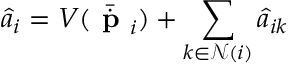
\hat { a } _ { i } = V ( \bar { \dot { \textbf { p } } } _ { i } ) + \sum _ { k \in \mathcal { N } ( i ) } \hat { a } _ { i k }